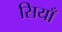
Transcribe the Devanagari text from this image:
सियाँ